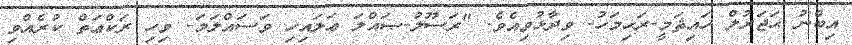
އިބްނު ޙަޖަރުލް ހައިޘަމީ-ރަޙިމަހު- ވިދާޅުވިއެވެ. "ރަސޫލު-ޞައްލަ ޢަލައިހި ވަސައްލަމަ- ވިހި ރަކްޢަތް ކުރެއްވި